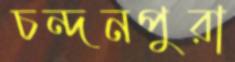
চন্দনপুরা